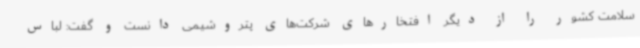
سلامت کشور را از دیگر افتخارهای شرکت‌های پتروشیمی دانست و گفت: لباس